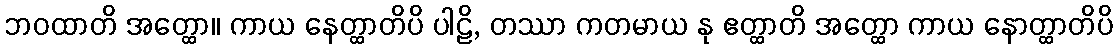
ဘဝထာတိ အတ္ထော။ ကာယ နေတ္ထာတိပိ ပါဠိ, တဿာ ကတမာယ နု ဧတ္ထာတိ အတ္ထော ကာယ နောတ္ထာတိပိ